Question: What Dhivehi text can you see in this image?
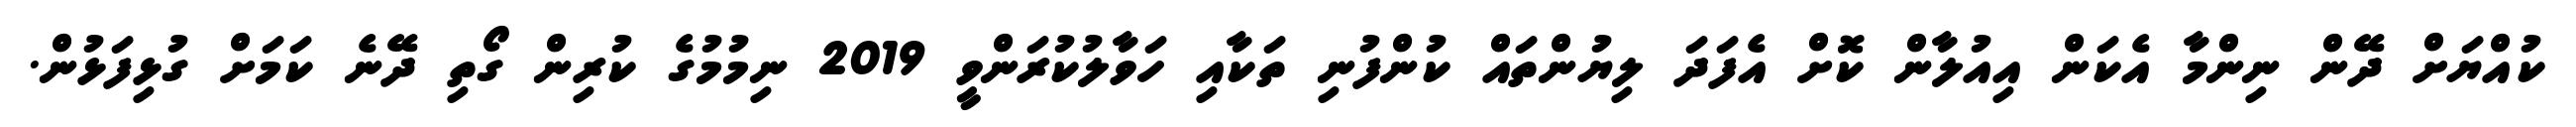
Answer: ކުއްޔަށް ދޭން ނިންމާ އެކަން އިއުލާން ކޮށް އެފަދަ ލިޔުންތައް ކުންފުނި ތަކާއި ހަވާލުކުރަންވީ 2019 ނިމުމުގެ ކުރިން ގޯތި ދޭނެ ކަމަށް ގުޅިފަޅުން.